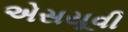
એસયૂવી